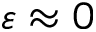
\varepsilon \approx 0